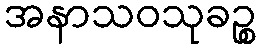
အနာသဝသုခဉ္စ